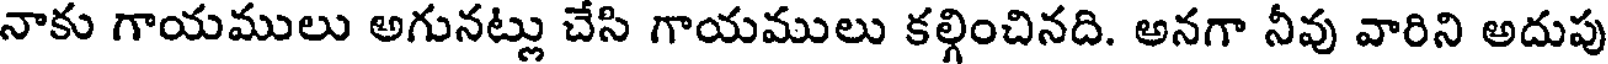
నాకు గాయములు అగునట్లు చేసి గాయములు కల్గించినది. అనగా నీవు వారిని అదుపు